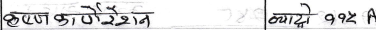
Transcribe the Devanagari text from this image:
कृष्णकौरेशन क्यादो ११२ A